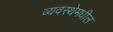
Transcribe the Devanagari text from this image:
व्यवस्थेमधील